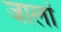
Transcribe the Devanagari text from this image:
जालां